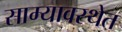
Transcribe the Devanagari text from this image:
साम्यावस्थेत